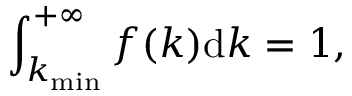
\int _ { k _ { \operatorname* { m i n } } } ^ { + \infty } f ( k ) \mathrm { d } k = 1 ,